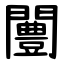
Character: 闦